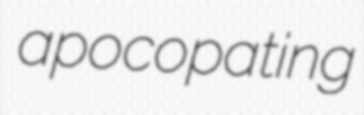
apocopating